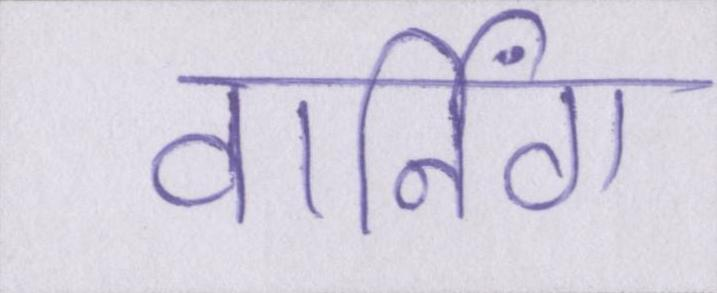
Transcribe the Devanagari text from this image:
वार्निंग